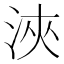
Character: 浹